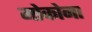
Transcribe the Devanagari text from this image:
मोकोना